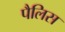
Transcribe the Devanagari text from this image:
पैलिस